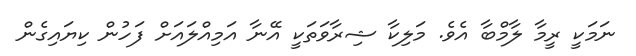
ނަމަކީ ރީމާ ލާމްބާ އެވެ. މަލިކާ ޝިރާވަތަކީ އޭނާ އަމިއްލައަށް ފަހުން ކިޔައިގެން